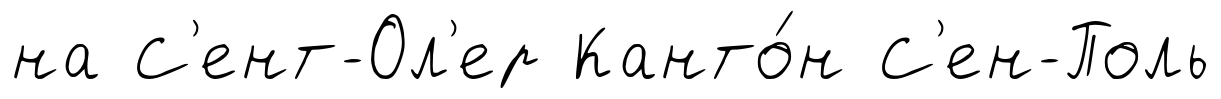
на С'ент-Ол'ер Канто́н С'ен-Поль